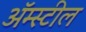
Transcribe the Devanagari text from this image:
अॅम्स्टील